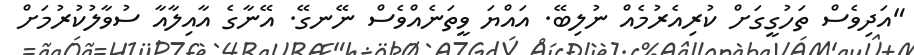
"އަދިވެސް ތަހުގީގަށް ކުރިއެރުމެއް ނުލިބޭ. އައްޔަ ވީތަނެއްވެސް ނޭނގޭ. އޭނާގެ އާއިލާއާ ސުވާލުކުރުމަށް